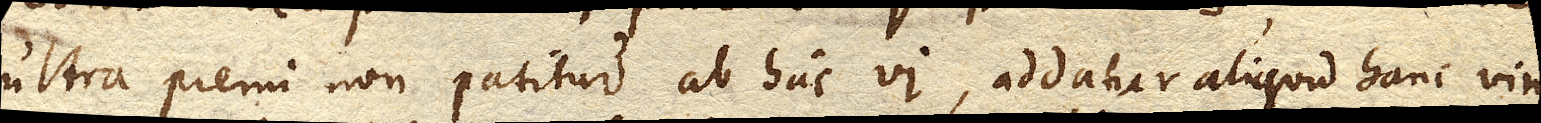
ultra premi non patitur ab hac vi, addatur aliquid hanc vim,